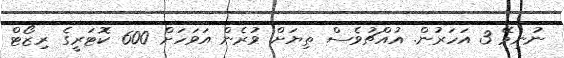
ނުނިމޭ 3 އަހަރުން. އުއްޗުވެސް ތިޔަށް ވުރެން އަވަހަށް 600 ކޮޓަރީގެ ރިޒޯޓް